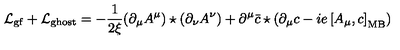
{ \cal L } _ { \mathrm { g f } } + { \cal L } _ { \mathrm { g h o s t } } = - \frac { 1 } { 2 \xi } ( \partial _ { \mu } A ^ { \mu } ) \star ( \partial _ { \nu } A ^ { \nu } ) + \partial ^ { \mu } \bar { c } \star ( \partial _ { \mu } c - i e \left[ A _ { \mu } , c \right] _ { \mathrm { M B } } )